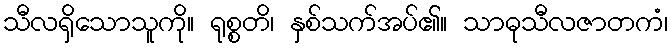
သီလရှိသောသူကို။ ရုစ္စတိ၊ နှစ်သက်အပ်၏။ သာဓုသီလဇာတကံ၊